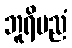
ဘူရိပညံ